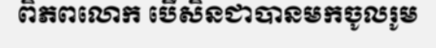
ពិភពលោក បើសិនជាបានមកចូលរូម